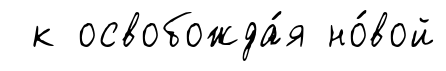
к освобожда́я но́вой